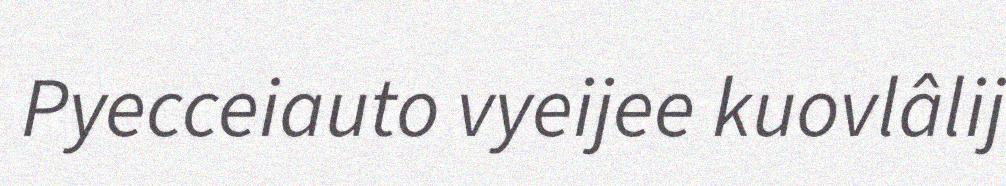
Pyecceiauto vyeijee kuovlâlij